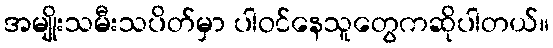
အမျိုးသမီးသပိတ်မှာ ပါဝင်နေသူတွေကဆိုပါတယ်။